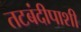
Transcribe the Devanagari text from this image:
तटबंदीपाशी